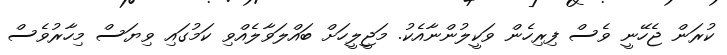
ކުރަން ޖެހޭނީ ވެސް ފިރިހެން ވަކީލުންނާއެކު. މަޖީލީހަށް ބައްލަވާލެއްވި ކަމުގައި ވިޔަސް މިހާރުވެސް